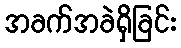
အခက်အခဲရှိခြင်း